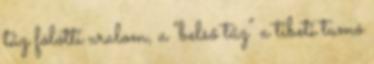
tűz fölötti uralom, a "belső tűz" a tibeti tumó